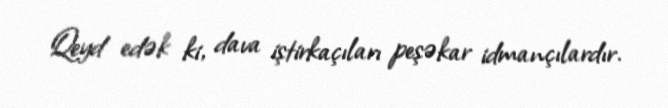
Qeyd edək ki, dava iştirkaçıları peşəkar idmançılardır.